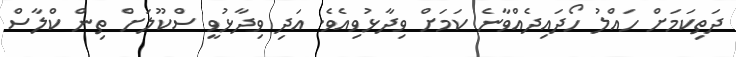
ދަތިކަމަށް ހައްލު ހޯދައިދެއްވާނެ ކަމަށް ވިދާޅުވިއެވެ. އަދި ވިދާޅުވީ ސްކޫލަށް ތިން ކްލާސް